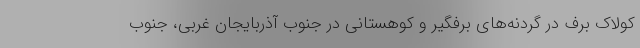
کولاک برف در گردنه‌های برفگیر و کوهستانی در جنوب آذربایجان غربی، جنوب